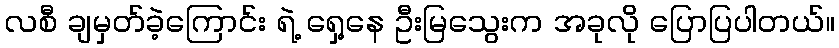
လစီ ချမှတ်ခဲ့ကြောင်း ရဲ့ ရှေ့နေ ဦးမြသွေးက အခုလို ပြောပြပါတယ်။